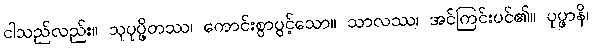
ငါသည်လည်း။ သုပုပ္ဖိတဿ၊ ကောင်းစွာပွင့်သော။ သာလဿ၊ အင်ကြင်းပင်၏။ ပုပ္ဖာနိ၊